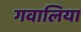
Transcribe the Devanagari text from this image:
गवालिया